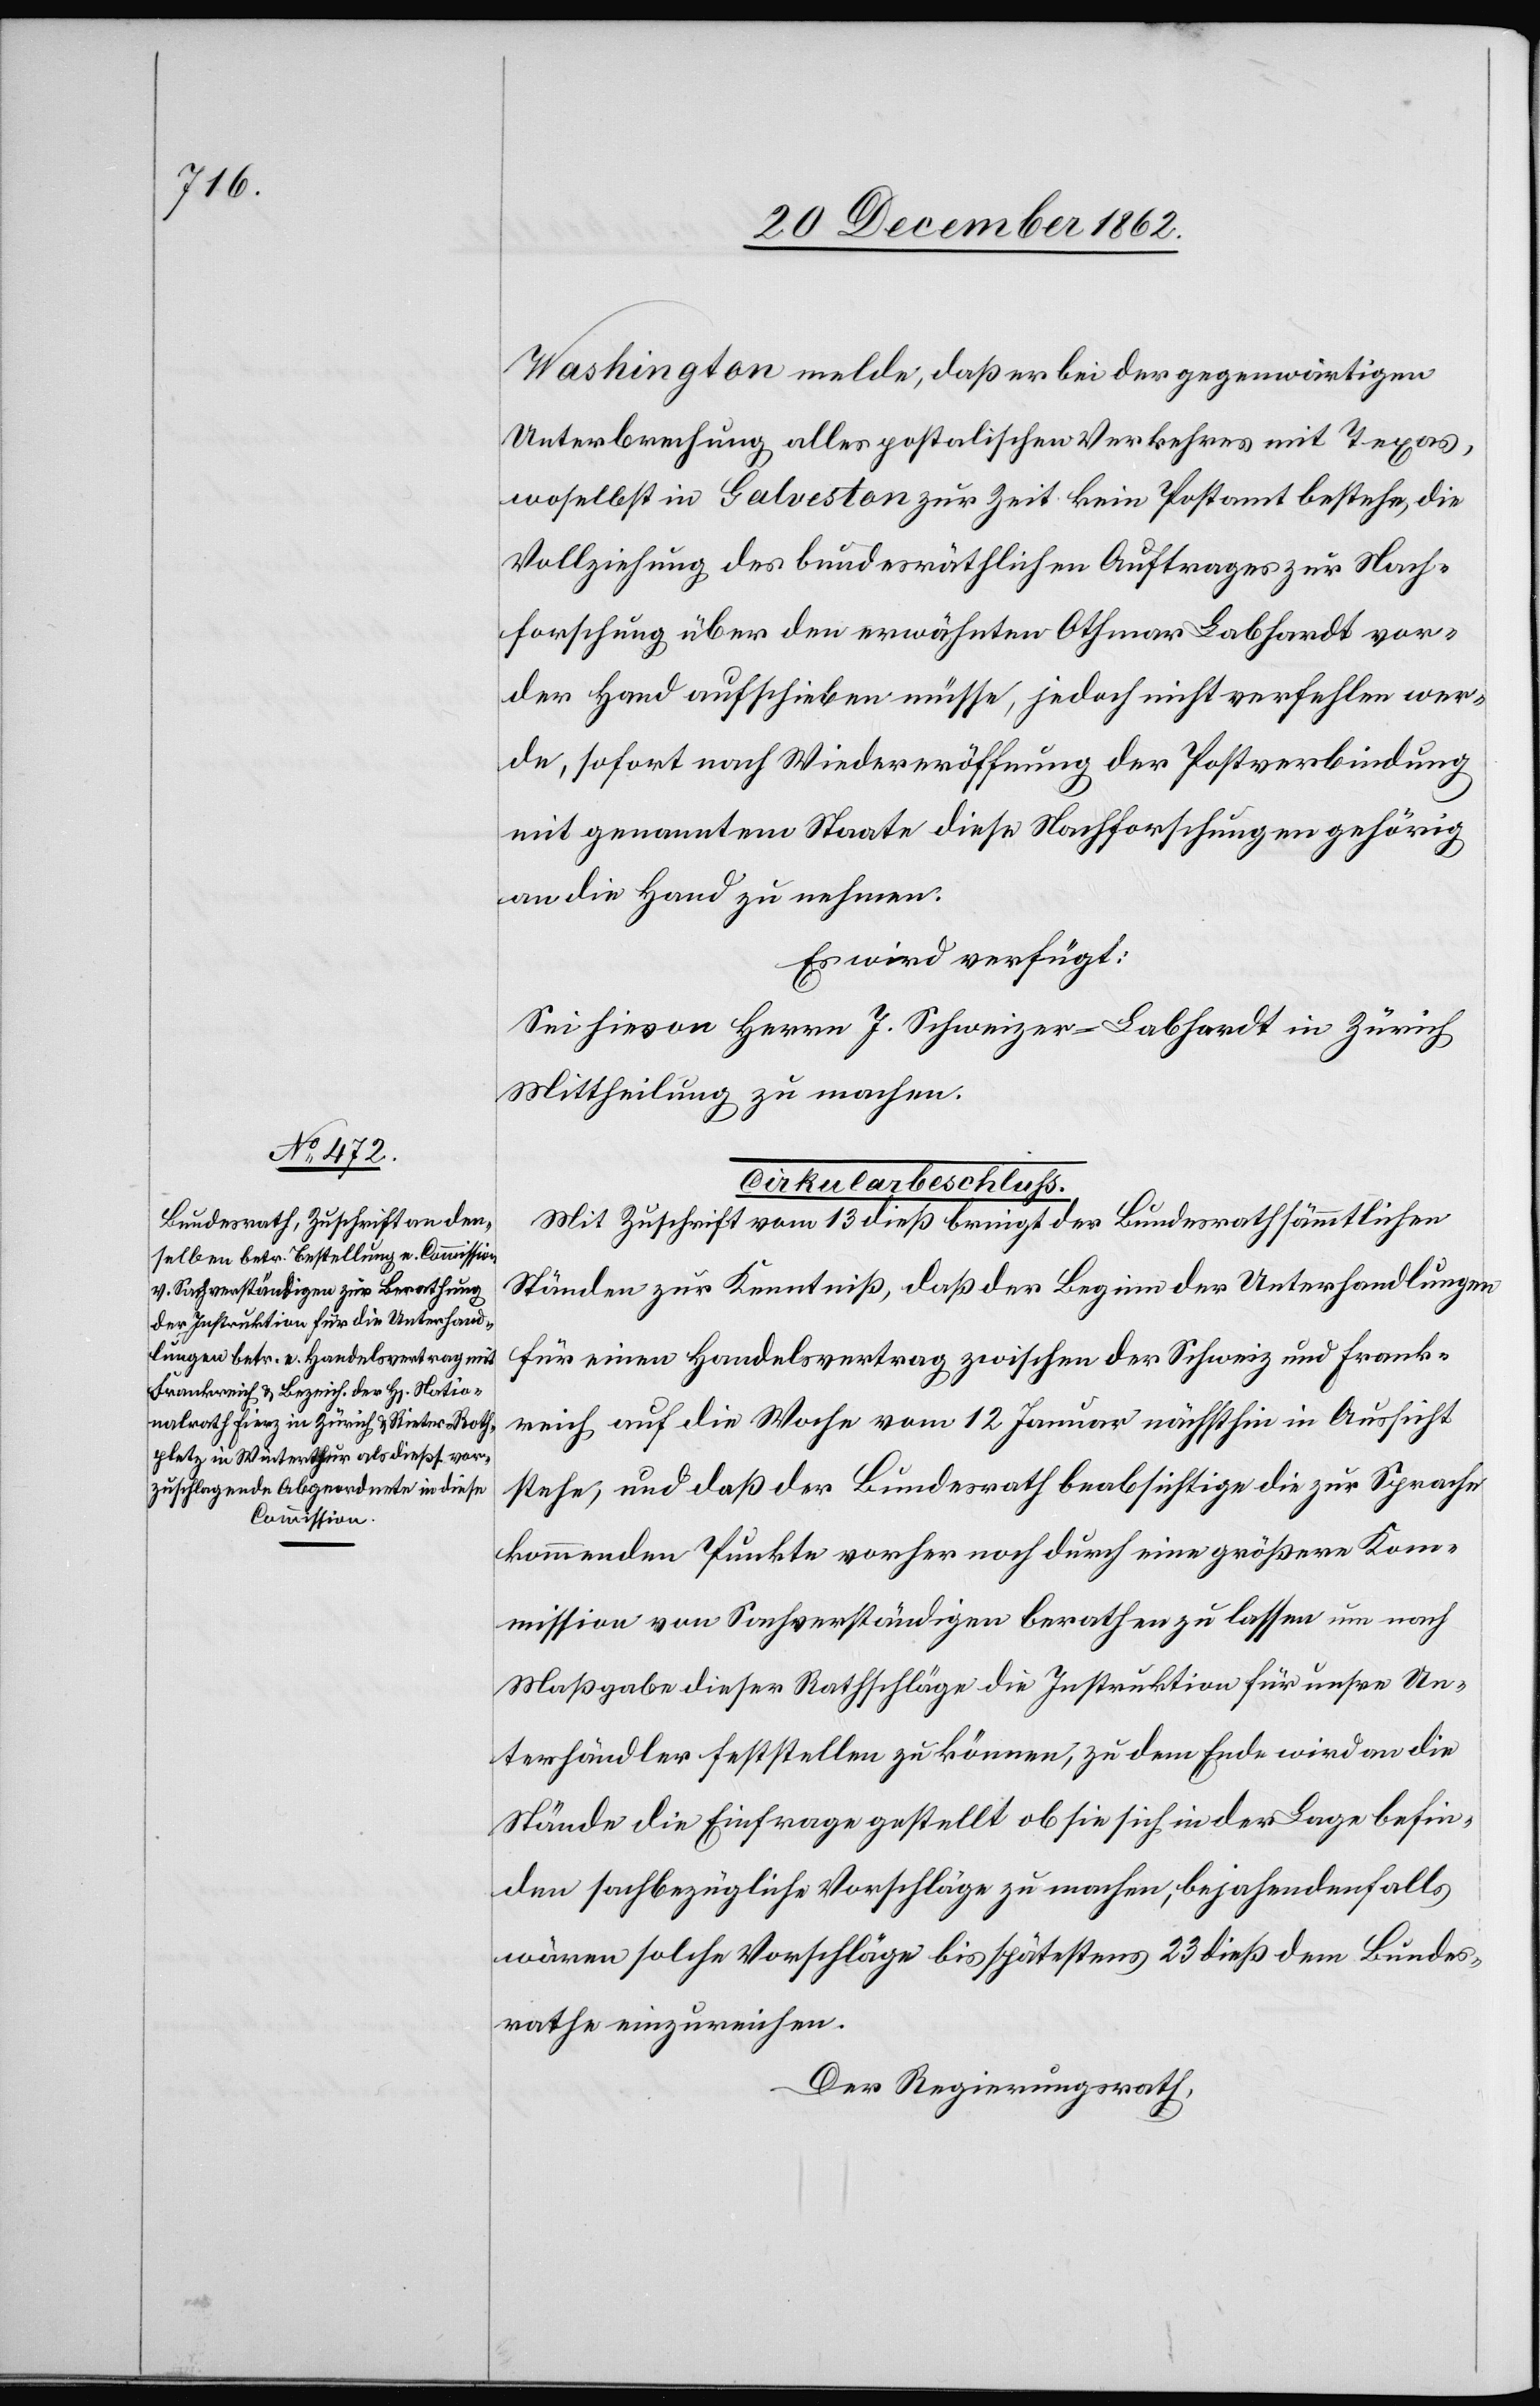
[23. December 1862.]
Washington melde, daß er bei der gegenwärtigen
Unterbrechung alles postalischen Verkehres mit Texas,
woselbst in Galveston zur Zeit kein Postamt bestehe, die
Vollziehung des bundesräthlichen Auftrages zur Nach¬
forschung über den erwähnten Othmar Labhardt vor¬
der Hand aufschieben müsse, jedoch nicht verfehlen wer¬
de, sofort nach Wiedereröffnung der Postverbindung
mit genanntem Staate diese Nachforschungen gehörig
an die Hand zu nehmen.
Es wird verfügt:
Sei hievon Herrn J. Schweizer-Labhardt in Zürich
Mittheilung zu machen.
Mit Zuschrift vom 13. dieß bringt der Bundesrath sämmtlichen
Ständen zur Kenntniß, daß der Beginn der Unterhandlungen
für einen Handelsvertrag zwischen der Schweiz und Frank¬
reich auf die Woche vom 12. Januar nächsthin in Aussicht
stehe, und daß der Bundesrath beabsichtige die zur Sprache
kommenden Punkte vorher noch durch eine größere Kom¬
mission von Sachverständigen berathen zu lassen um nach
Maßgabe dieser Rathschläge die Instruktion für unsre Un¬
terhändler feststellen zu können, zu dem Ende wird an die
Stände die Einfrage gestellt ob sie sich in der Lage befin¬
den sachbezügliche Vorschläge zu machen, bejahendenfalls
wären solche Vorschläge bis spätestens 23. dieß dem Bundes¬
rathe einzureichen.
Der Regierungsrath,